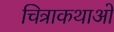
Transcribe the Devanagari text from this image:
चित्राकथाओं